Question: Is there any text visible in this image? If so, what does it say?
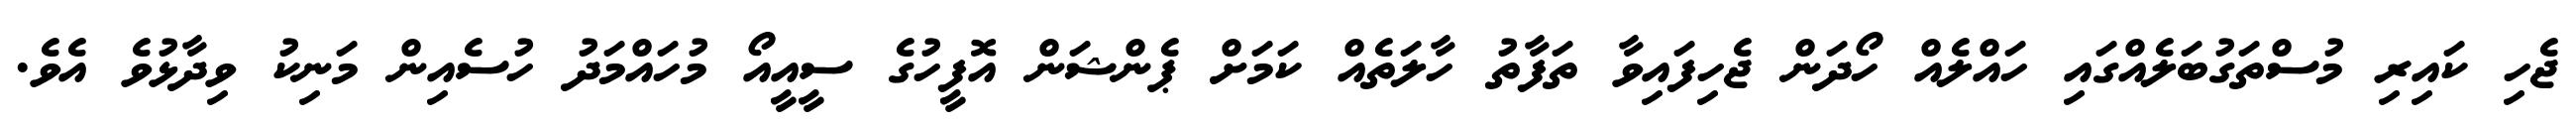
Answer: ޖެހި ކައިރި މުސްތަގުބަލެއްގައި ހައްލެއް ހޯދަން ޖެހިފައިވާ ތަފާތު ހާލަތެއް ކަމަށް ޕެންޝަން އޮފީހުގެ ސީއީއޯ މުހައްމަދު ހުސެއިން މަނިކު ވިދާޅުވެ އެވެ.